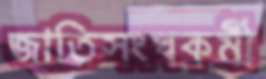
জাতিসংঘকর্মী